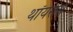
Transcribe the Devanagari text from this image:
थॉयराय